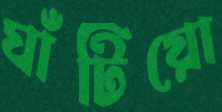
ঘাঁটিয়ো